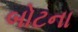
બોટના